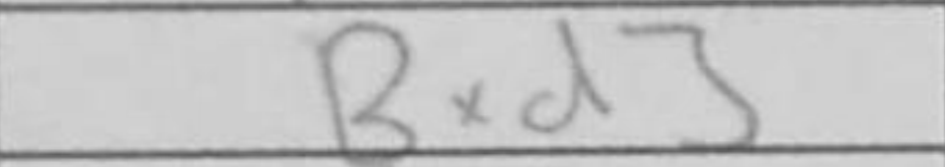
Transcription: Bxd3